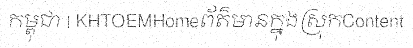
កម្ពុជា | KHTOEMHomeព័ត៌មានក្នុងស្រុកContent